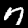
Digit: 7